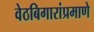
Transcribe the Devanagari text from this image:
वेठबिगारांप्रमाणे